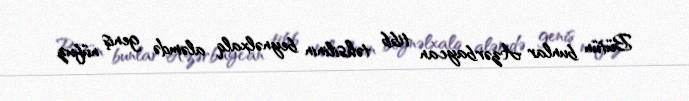
Bütün bunlar Azərbaycan tibb təhsilinin beynəlxalq aləmdə geniş nüfuz